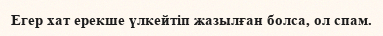
Егер хат ерекше үлкейтіп жазылған болса, ол спам.